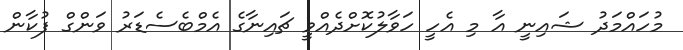
މުހައްމަދު ޝައިނީ އާ މި އެހީ ހަވާލުކޮށްދެއްވީ ޗައިނާގެ އެމްބެސެޑަރު ވަންގް ފުކާން